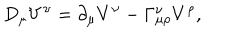
D _ { \mu } V ^ { \nu } = \partial _ { \mu } V ^ { \nu } - \Gamma _ { \mu \rho } ^ { \nu } V ^ { \rho } ,